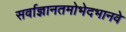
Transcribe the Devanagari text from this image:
सर्वाज्ञानतमोभेदभानवे